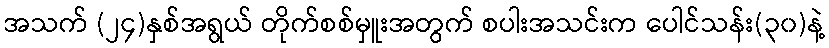
အသက် (၂၄)နှစ်အရွယ် တိုက်စစ်မှူးအတွက် စပါးအသင်းက ပေါင်သန်း(၃၀)နဲ့